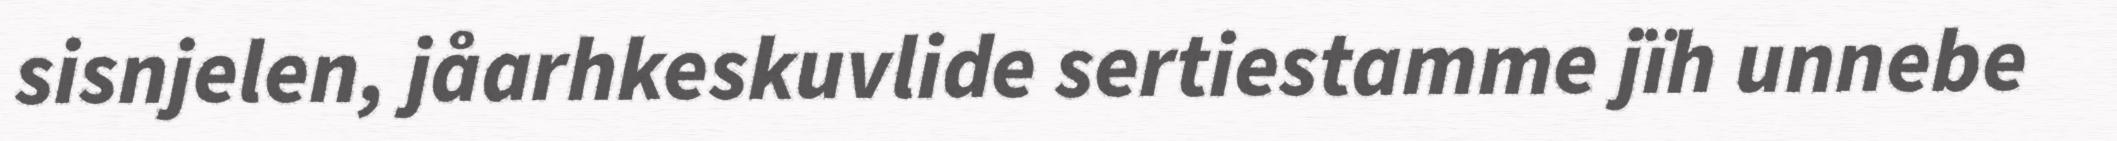
sisnjelen, jåarhkeskuvlide sertiestamme jïh unnebe